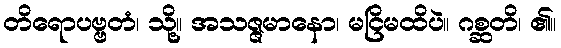
တိရောပဗ္ဗတံ၊ သို့။ အသဇ္ဇမာနော၊ မငြိမထိပဲ။ ဂစ္ဆတိ၊ ၏။